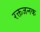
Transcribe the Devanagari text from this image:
रक्तजनक